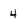
Character: 4